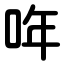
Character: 哖